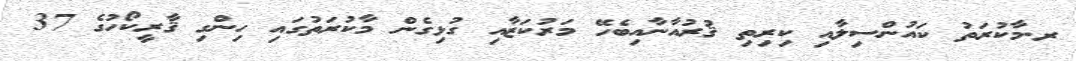
ރ.މާކުރަތު ކައުންސިލާއި ކިރިތި ޤުރުއާނާއިބެހޭ މަރުކަޒާއި ގުޅިގެން މާކުރަތުގައި ހިންގި ޤާރީކޯހުގެ 37